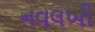
નવલખી